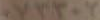
٠٧٣٣٠٢